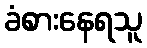
ခံစားနေရသူ